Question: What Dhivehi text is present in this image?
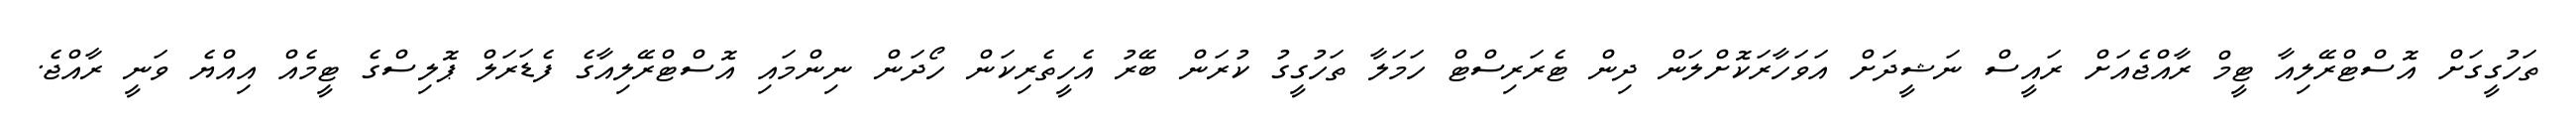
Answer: ތަހުގީގަށް އޮސްޓްރޭލިއާ ޓީމް ރާއްޖެއަށް ރައީސް ނަޝީދަށް އަވަހާރަކޮށްލަން ދިން ޓެރަރިސްޓް ހަމަލާ ތަހުގީގު ކުރަން ބޭރު އެހީތެރިކަން ހޯދަން ނިންމައި އޮސްޓްރޭލިއާގެ ފެޑަރަލް ޕޮލިސްގެ ޓީމެއް އިއްޔެ ވަނީ ރާއްޖެ.